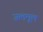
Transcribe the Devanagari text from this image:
जलमूल